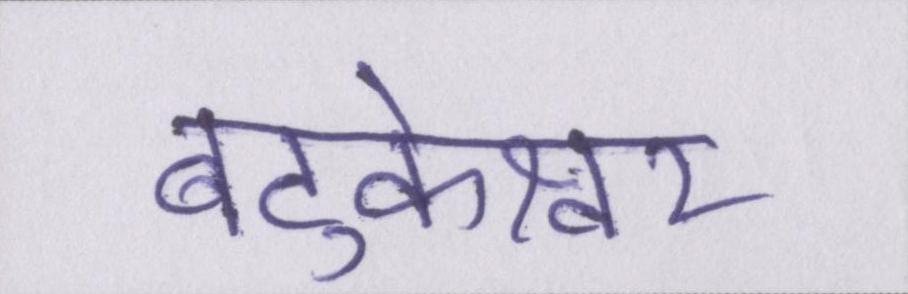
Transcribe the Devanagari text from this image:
बटुकेश्वर